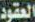
العقود